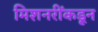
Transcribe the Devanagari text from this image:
मिशनरींकडून